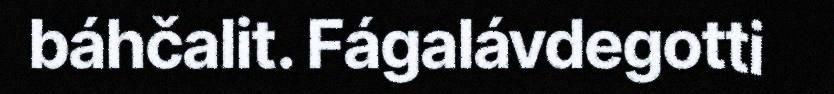
báhčalit. Fágalávdegotti